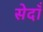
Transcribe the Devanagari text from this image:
सेदाँ